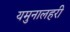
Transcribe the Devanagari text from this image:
यमुनालहरी